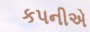
કપનીએ